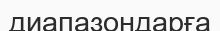
диапазондарға